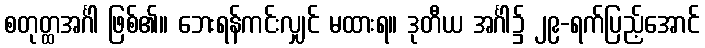
စတုတ္ထအင်္ဂါ ဖြစ်၏။ ဘေးရန်ကင်းလျှင် မထားရ။ ဒုတီယ အင်္ဂါ၌ ၂၉-ရက်ပြည့်အောင်